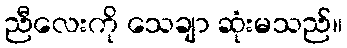
ညီလေးကို သေချာ ဆုံးမသည်။